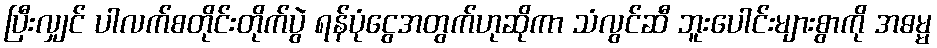
ပြီးလျှင် ပါလက်စတိုင်းတိုက်ပွဲ ရန်ပုံငွေအတွက်ဟုဆိုကာ သံလွင်ဆီ ဘူးပေါင်းများစွာကို အဓမ္မ